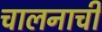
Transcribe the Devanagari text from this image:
चालनाची